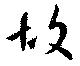
故